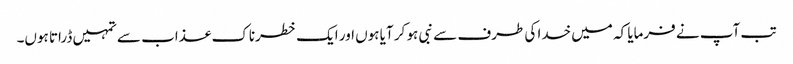
تب آپ نے فرمایا کہ میں خدا کی طرف سے نبی ہو کر آیا ہوں اور ایک خطرناک عذاب سے تمہیں ڈراتا ہوں۔